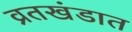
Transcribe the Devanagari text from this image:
व्रतखंडात